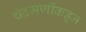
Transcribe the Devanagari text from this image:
चंद्रमणींकडून